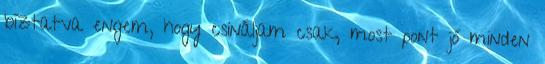
bíztatva engem, hogy csináljam csak, most pont jó minden